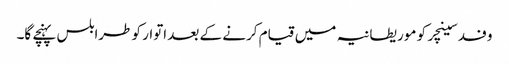
وفد سینچر کو موریطانیہ میں قیام کرنے کے بعد اتوار کو طرابلس پہنچے گا۔